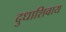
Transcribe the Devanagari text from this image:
दुधाशिवाय